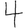
Digit: 4